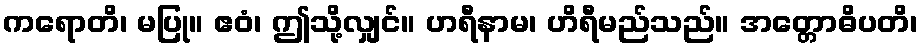
ကရောတိ၊ မပြု။ ဧဝံ၊ ဤသို့လျှင်။ ဟရီနာမ၊ ဟိရီမည်သည်။ အတ္တောဓိပတိ၊